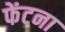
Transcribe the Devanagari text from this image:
फेंटना